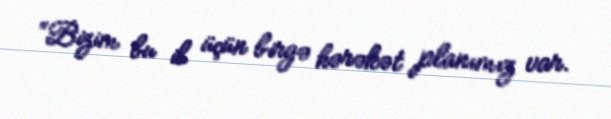
“Bizim bu il üçün birgə hərəkət planımız var.